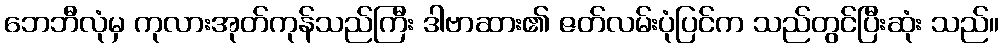
ဘေဘီလုံမှ ကုလားအုတ်ကုန်သည်ကြီး ဒါဗာဆား၏ ဇတ်လမ်းပုံပြင်က သည်တွင်ပြီးဆုံး သည်။